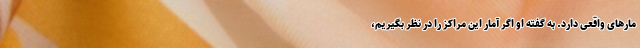
مارهای واقعی دارد. به گفته او اگر آمار این مراکز را در نظر بگیریم،